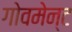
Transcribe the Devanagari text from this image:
गोवमेन्ट